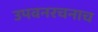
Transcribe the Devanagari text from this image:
उपवनरचनाच